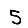
Digit: 5